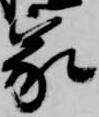
家